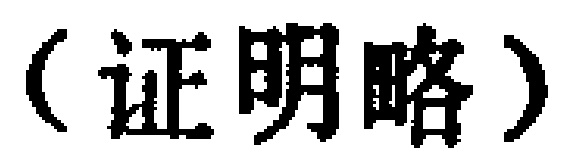
（证明略）